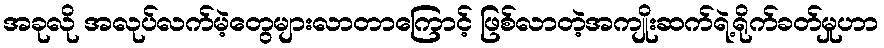
အခုလို အလုပ်လက်မဲ့တွေများလာတာကြောင့် ဖြစ်လာတဲ့အကျိုးဆက်ရဲ့ရိုက်ခတ်မှုဟာ